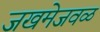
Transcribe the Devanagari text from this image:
जखमेजवळ